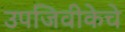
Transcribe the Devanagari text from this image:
उपजिवीकेचे